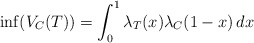
\begin{align*}\inf(V_C(T)) = \int^1_0 \lambda_T(x) \lambda_C(1-x) \, dx\end{align*}